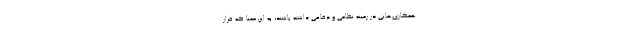
همکاری‌هایی در زمینه نظامی و دفاعی داشته باشند، به این معنا که قرار